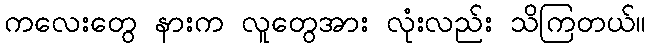
ကလေးတွေ နားက လူတွေအား လုံးလည်း သိကြတယ်။